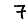
Digit: 7